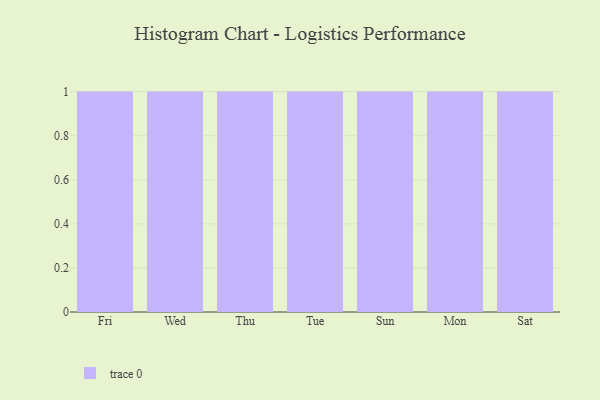
{"axis": {"x": "Day", "y": "Population (Million)"}, "legend": [""], "data": [{"x": "Fri", "y": 77, "type": ""}, {"x": "Wed", "y": 44, "type": ""}, {"x": "Thu", "y": 91, "type": ""}, {"x": "Tue", "y": 38, "type": ""}, {"x": "Sun", "y": 6, "type": ""}, {"x": "Mon", "y": 10, "type": ""}, {"x": "Sat", "y": 43, "type": ""}]}